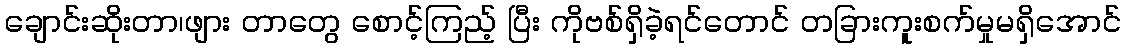
ချောင်းဆိုးတာ၊ဖျား တာတွေ စောင့်ကြည့် ပြီး ကိုဗစ်ရှိခဲ့ရင်တောင် တခြားကူးစက်မှုမရှိအောင်